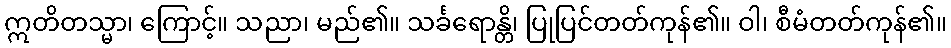
ဣတိတသ္မာ၊ ကြောင့်။ သညာ၊ မည်၏။ သင်္ခရောန္တိ၊ ပြုပြင်တတ်ကုန်၏။ ဝါ၊ စီမံတတ်ကုန်၏။